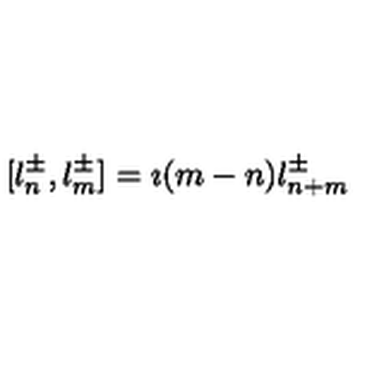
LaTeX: [ l _ { n } ^ { \pm } , l _ { m } ^ { \pm } ] = \imath ( m - n ) l _ { n + m } ^ { \pm } ~